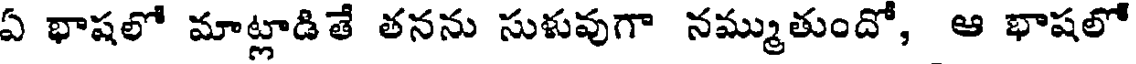
ఏ భాషలో మాట్లాడి తే తనను సుళువుగా నమ్ముతుందో, ఆ భాషలో